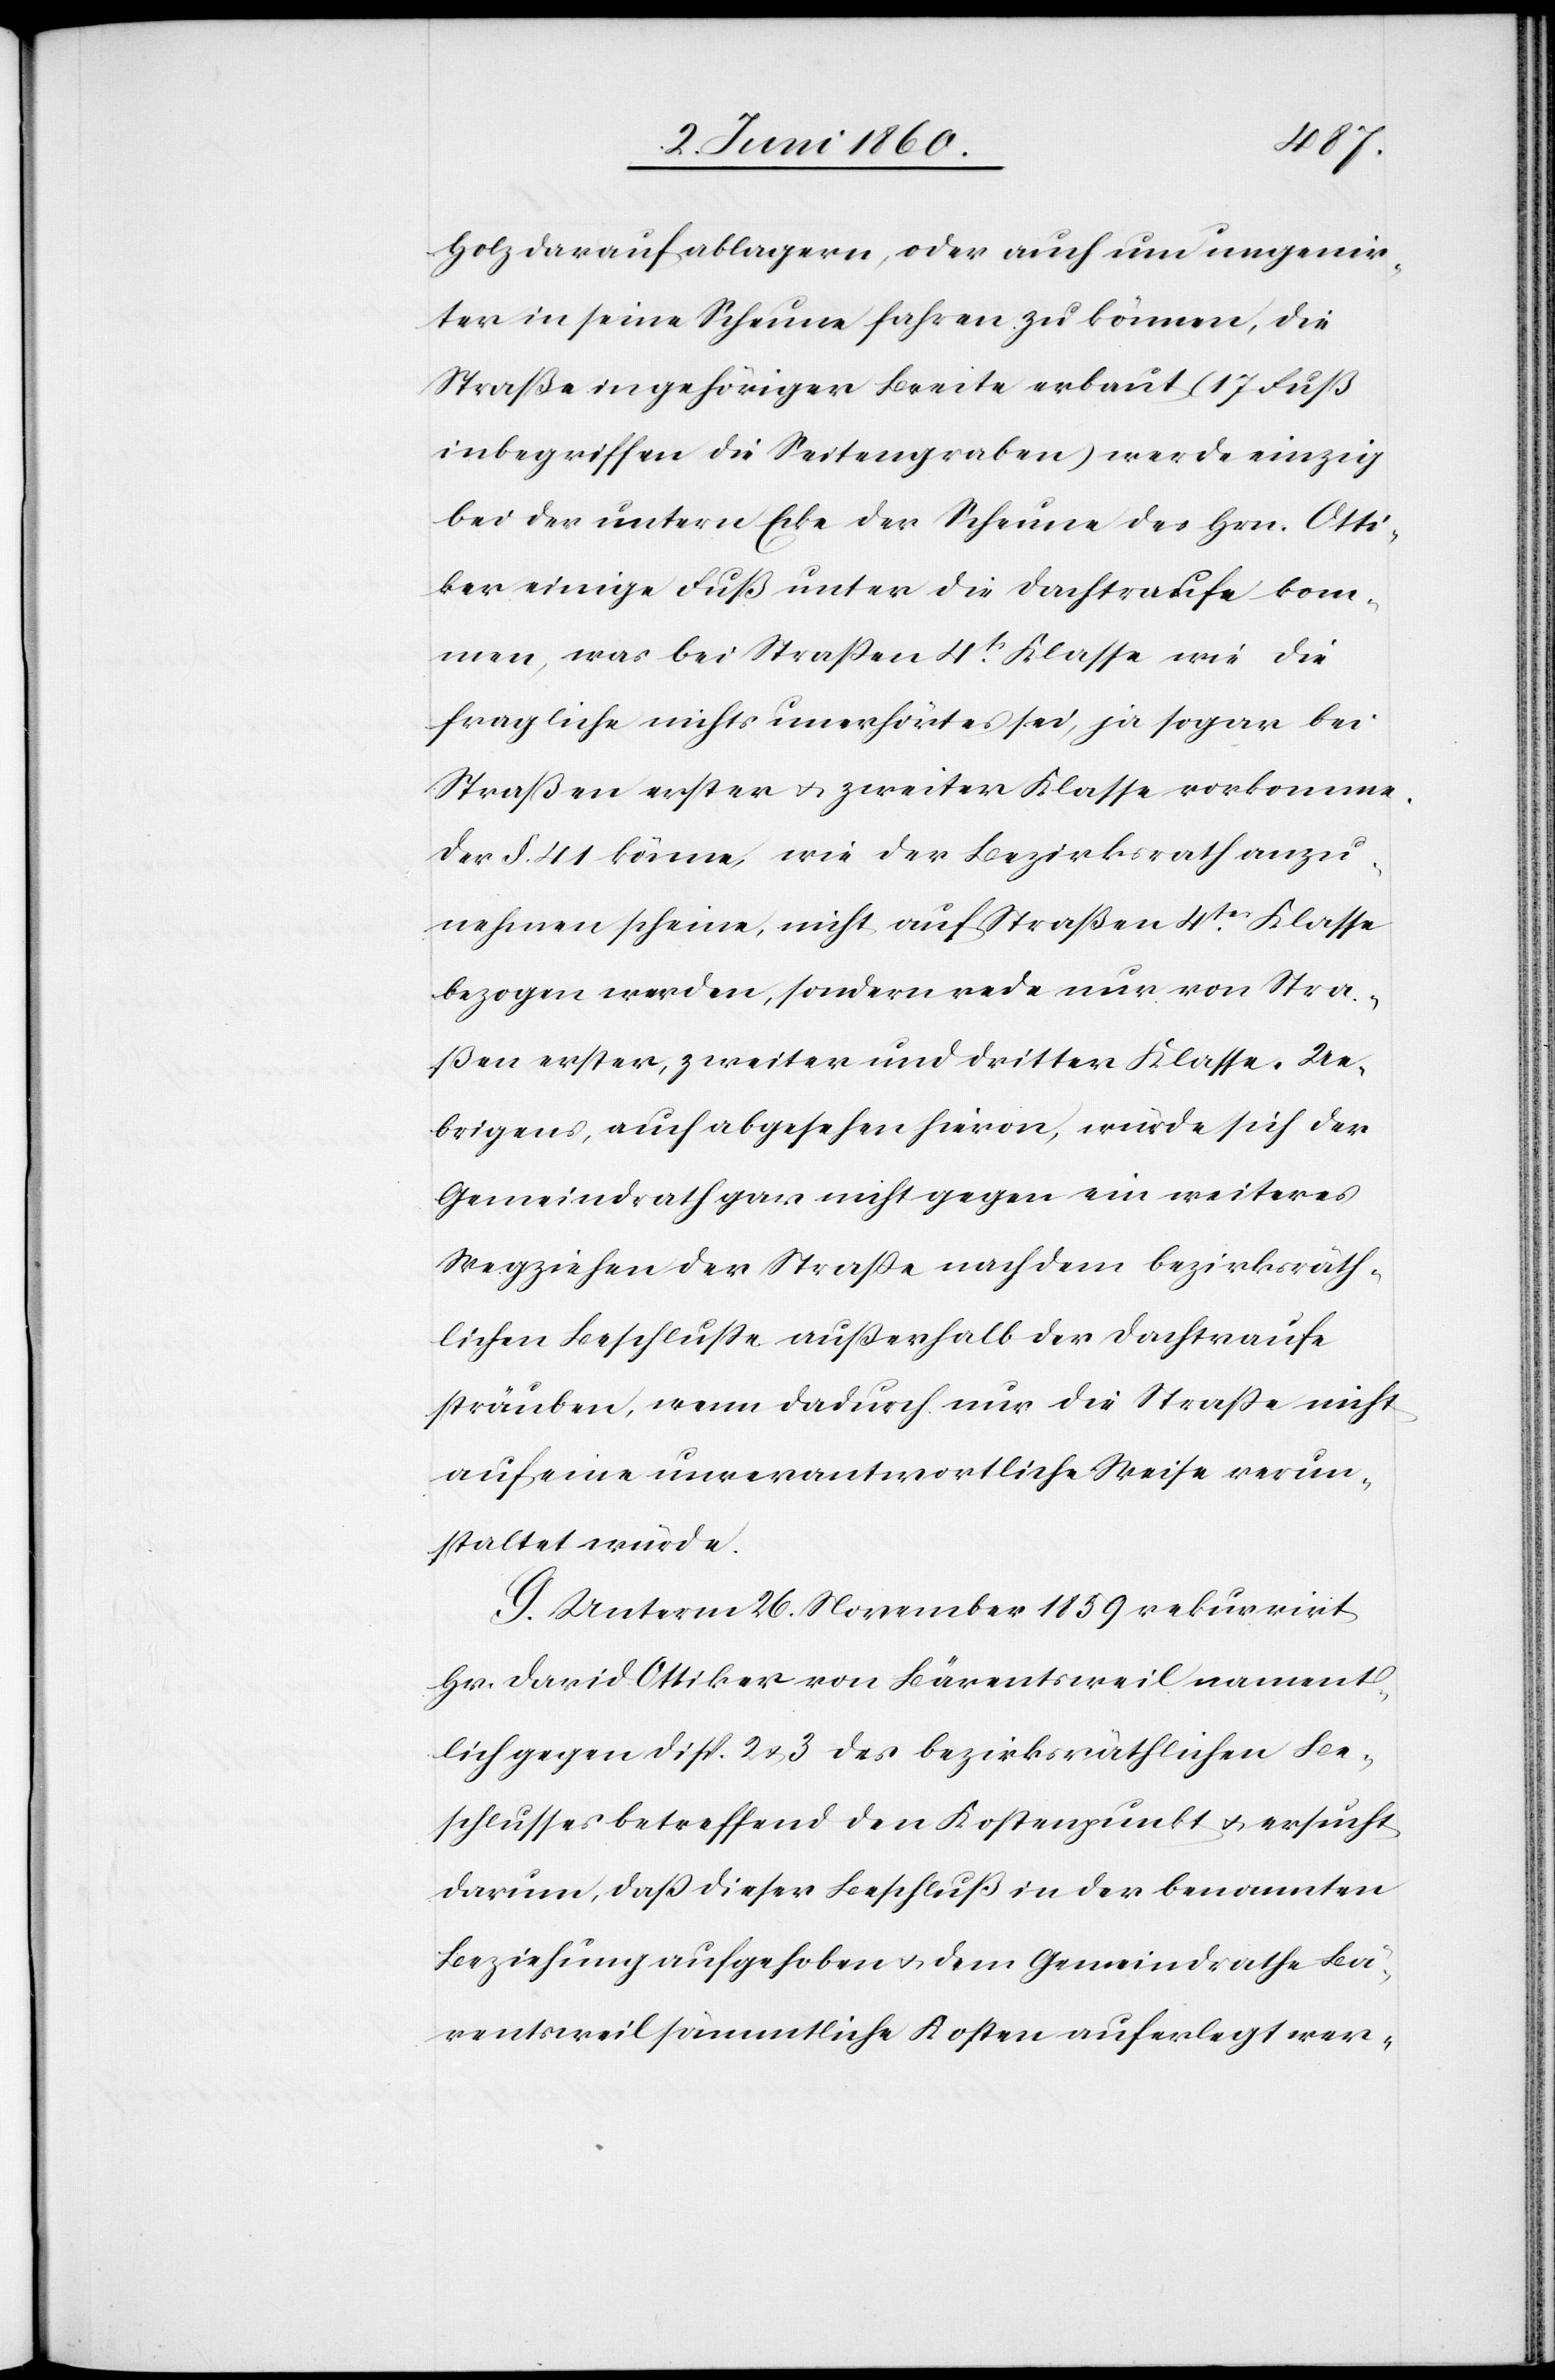
Holz darauf ablagern, oder auch um ungenir¬
ter in seine Scheune fahren zu können, die
Straße in gehöriger Breite erbaut (17 Fuß
inbegriffen die Seitengraben) werde einzig
bei der untern Ecke der Scheune des Hrn. Otti¬
ker einige Fuß unter die Dachtraufe kom¬
men, was bei Strassen 4t Klasse wie die
fragliche nichts unerhörtes sei, ja sogar bei
Straßen erster u. zweiter Klasse vorkomme.
Der §. 41. könne, wie der Bezirksrath anzu¬
nehmen scheine, nicht auf Straßen 4tr Klasse
bezogen werden, sondern rede nur von Stra¬
ßen erster, zweiter und dritter Klasse. Ue¬
brigens, auch abgesehen hievon, würde sich der
Gemeindrath gar nicht gegen ein weiteres
Wegziehen der Strasse nach dem bezirksräth¬
lichen Beschlusse außerhalb der Dachtraufe
sträuben, wenn dadurch nur die Strasse nicht
auf eine unverantwortliche Weise verun¬
staltet würde.
G. Unterm 26. November 1859 rekurrirt
Hr. David Ottiker von Bärentsweil nament¬
lich gegen Disp. 2 u. 3 des bezirksräthlichen Be¬
schlusses betreffend den Kostenpunkt u. ersucht
darum, dass dieser Beschluss in der benannten
Beziehung aufgehoben u. dem Gemeindrathe Bä¬
rentsweil sämmtliche Kosten auferlegt wer-